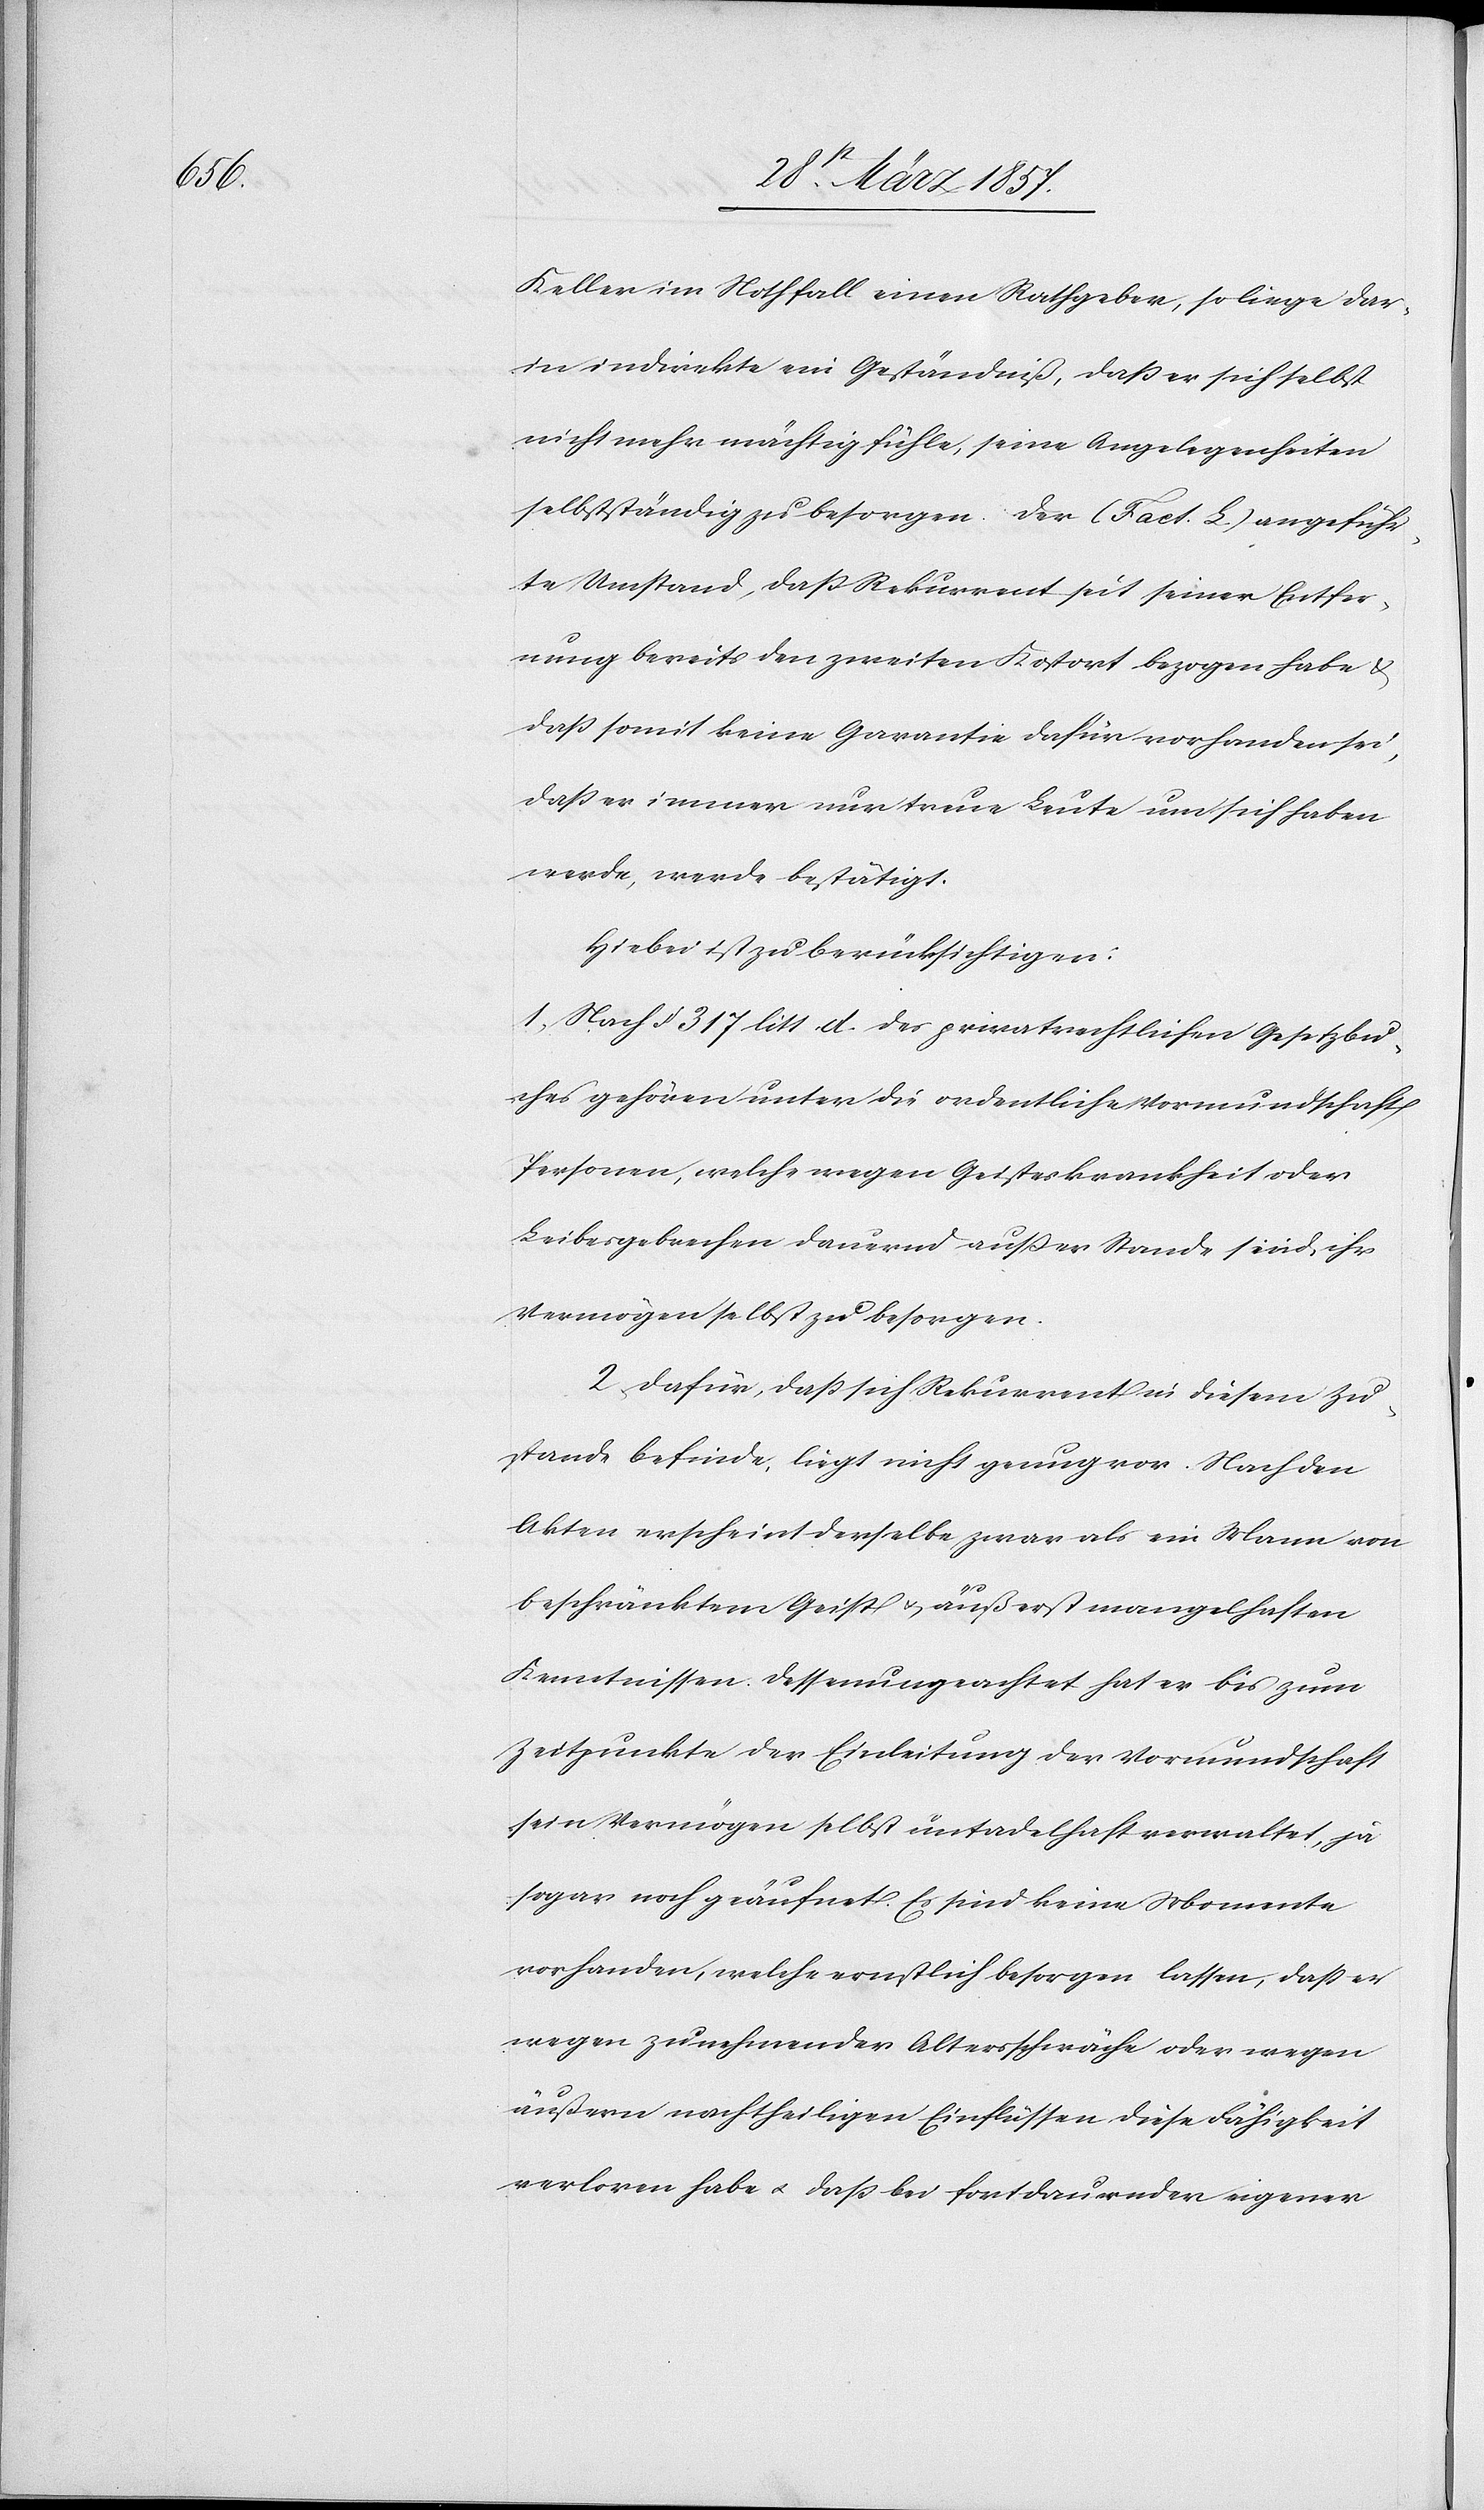
Keller im Nothfall einen Rathgeber, so liege dar¬
in indirekte ein Geständniß, daß er sich selbst
nicht mehr mächtig fühle, seine Angelegenheiten
selbstständig zu besorgen. Der Fact. L. angeführ¬
te Umstand, daß Rekurrent seit seiner Entfer¬
nung bereits den zweiten Kostort bezogen habe u.
daß somit keine Garantie dahin vorhanden sei,
daß er immer nur treue Leute um sich haben
werde, werde bestätigt.
Hiebei ist zu berücksichtigen:
1. Nach § 317 litt d. des privatrechtlichen Gesetzbu¬
ches gehören unter die ordentliche Vormundschaft
Personen, welche wegen Geisteskrankheit oder
Leibesgebrechen dauernd außer Stande sind, ihr
Vermögen selbst zu besorgen.
2. Dafür, daß sich Rekurrent in diesem Zu¬
stande befinde, liegt nicht genug vor. Nach den
Akten erscheint derselbe zwar als ein Mann von
beschränktem Geist u. äußerst mangelhaften
Kenntnissen. Dessenungeachtet hat er bis zum
Zeitpunkte der Einleitung der Vormundschaft
sein Vermögen selbst untadelhaft verwaltet, ja
sogar noch geäufnet. Es sind keine Momente
vorhanden, welche ernstlich besorgen lassen, daß er
wegen zunehmender Altersschwäche oder wegen
äußern nachtheiligen Einflüssen diese Fähigkeit
verloren habe u. daß bei fortdauernder eigener